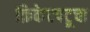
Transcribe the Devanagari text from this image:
क्रिकेटपटूचा